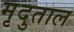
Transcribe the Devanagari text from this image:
मृदुताल